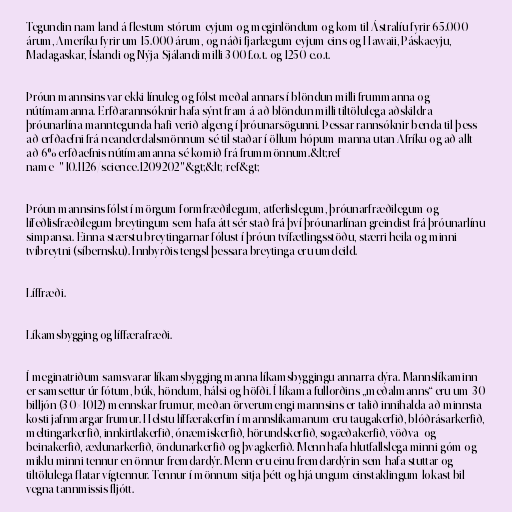
Tegundin nam land á flestum stórum eyjum og meginlöndum og kom til Ástralíu fyrir 65.000
árum, Ameríku fyrir um 15.000 árum, og náði fjarlægum eyjum eins og Hawaii, Páskaeyju,
Madagaskar, Íslandi og Nýja-Sjálandi milli 300 f.o.t. og 1250 e.o.t.

Þróun mannsins var ekki línuleg og fólst meðal annars í blöndun milli frummanna og
nútímamanna. Erfðarannsóknir hafa sýnt fram á að blöndun milli tiltölulega aðskildra
þróunarlína manntegunda hafi verið algeng í þróunarsögunni. Þessar rannsóknir benda til þess
að erfðaefni frá neanderdalsmönnum sé til staðar í öllum hópum manna utan Afríku og að allt
að 6% erfðaefnis nútímamanna sé komið frá frummönnum.&lt;ref
name="10.1126/science.1209202"&gt;&lt;/ref&gt;

Þróun mannsins fólst í mörgum formfræðilegum, atferlislegum, þróunarfræðilegum og
lífeðlisfræðilegum breytingum sem hafa átt sér stað frá því þróunarlínan greindist frá þróunarlínu
simpansa. Einna stærstu breytingarnar fólust í þróun tvífætlingsstöðu, stærri heila og minni
tvíbreytni (síbernsku). Innbyrðis tengsl þessara breytinga eru umdeild.

Líffræði.

Líkamsbygging og líffærafræði.

Í meginatriðum samsvarar líkamsbygging manna líkamsbyggingu annarra dýra. Mannslíkaminn
er samsettur úr fótum, búk, höndum, hálsi og höfði. Í líkama fullorðins „meðalmanns“ eru um 30
billjón (30×1012) mennskar frumur, meðan örverumengi mannsins er talið innihalda að minnsta
kosti jafnmargar frumur. Helstu líffærakerfin í mannslíkamanum eru taugakerfið, blóðrásarkerfið,
meltingarkerfið, innkirtlakerfið, ónæmiskerfið, hörundskerfið, sogæðakerfið, vöðva- og
beinakerfið, æxlunarkerfið, öndunarkerfið og þvagkerfið. Menn hafa hlutfallslega minni góm og
miklu minni tennur en önnur fremdardýr. Menn eru einu fremdardýrin sem hafa stuttar og
tiltölulega flatar vígtennur. Tennur í mönnum sitja þétt og hjá ungum einstaklingum lokast bil
vegna tannmissis fljótt.